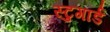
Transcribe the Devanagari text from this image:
स्टुगार्ड